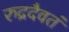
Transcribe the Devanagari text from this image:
रुद्रदैवतं